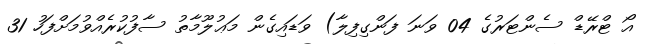
އޯ ޓްރޭޑް ސެންޓަރުގެ 04 ވަނަ ފަންގިފިލާ) ވަޑައިގެން މަޢުލޫމާތު ސާފުކުރެއްވުމަށްފަހު 31